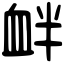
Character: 衅